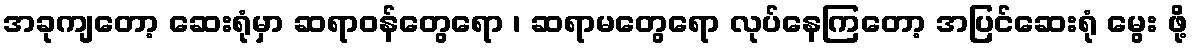
အခုကျတော့ ဆေးရုံမှာ ဆရာဝန်တွေရော ၊ ဆရာမတွေရော လုပ်နေကြတော့ အပြင်ဆေးရုံ မွေး ဖို့